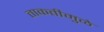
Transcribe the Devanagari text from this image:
ताकतीमुळे